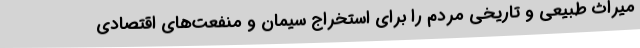
میراث طبیعی و تاریخی مردم را برای استخراج سیمان و منفعت‌های اقتصادی